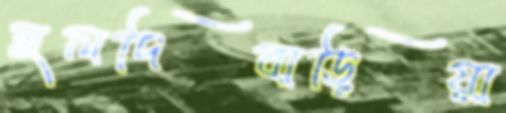
হলদিবাড়িয়া